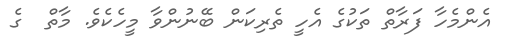
އެންމެހާ ފަރާތް ތަކުގެ އެހީ ތެރިކަން ބޭނުންވާ މީހެކެވެ. މާތް  ގެ